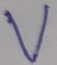
Text: V